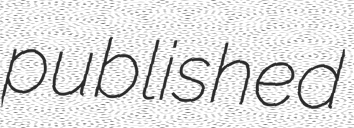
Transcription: published